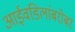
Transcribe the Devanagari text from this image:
आईवडिलांबरोबर